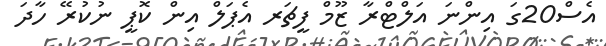
އެސް20ގަ އިންނަ އަލްޓްރާ ޒޫމް ފީޗަރ އެޕަލް އިން ކޮޕީ ނުކުރޭ ހާދަ